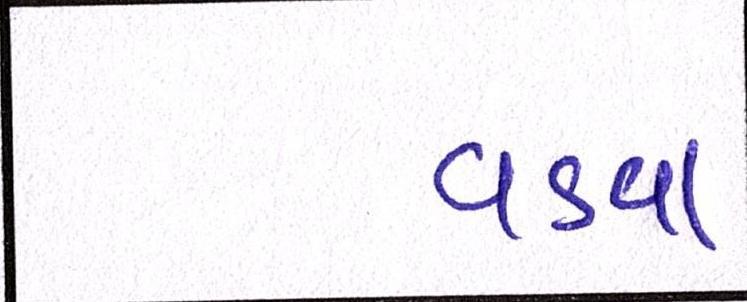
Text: વડવા